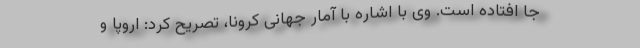
جا افتاده است. وی با اشاره با آمار جهانی کرونا، تصریح کرد: اروپا و